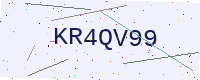
Text: KR4QV99